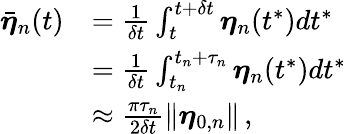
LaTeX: \begin{array}{rl}{\bar{\boldsymbol{\eta}}_{n}(t)}&{=\frac{1}{\delta t}\int_{t}^{t+\delta t}\boldsymbol{\eta}_{n}(t^{*})dt^{*}}\\ &{=\frac{1}{\delta t}\int_{t_{n}}^{t_{n}+\tau_{n}}\boldsymbol{\eta}_{n}(t^{*})dt^{*}}\\ &{\approx\frac{\pi\tau_{n}}{2\delta t}\lVert\boldsymbol{\eta}_{0,n}\rVert\, ,}\end{array}